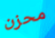
محزن